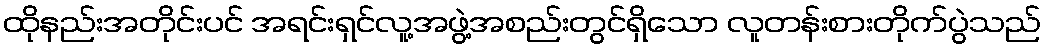
ထိုနည်းအတိုင်းပင် အရင်းရှင်လူ့အဖွဲ့အစည်းတွင်ရှိသော လူတန်းစားတိုက်ပွဲသည်